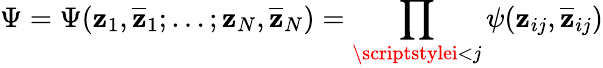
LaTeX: \Psi=\Psi(\mathbf{z}_{1},\overline{{{{\mathbf{z}}}}}_{1};\ldots;\mathbf{z}_{N},\overline{{{{\mathbf{z}}}}}_{N})=\prod_{\scriptstylei<j}\psi(\mathbf{z}_{ij},\overline{{{{\mathbf{z}}}}}_{ij})